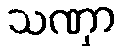
သဏှာ